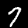
Label: 7